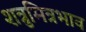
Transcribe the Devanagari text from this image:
शत्रुमित्रभाव